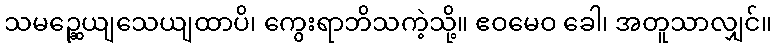
သမဉ္ဆေယျသေယျထာပိ၊ ကွေးရာဘိသကဲ့သို့။ ဧဝမေဝ ခေါ၊ အတူသာလျှင်။